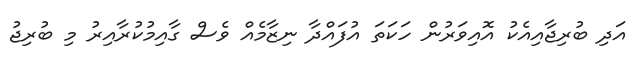
އަދި ބުރިޖާއިއެކު އޮއިވަރުން ހަކަތަ އުފައްދާ ނިޒާމެއް ވެސް ގާއިމުކުރާއިރު މި ބުރިޖު